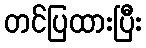
တင်ပြထားပြီး